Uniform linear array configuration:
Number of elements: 24
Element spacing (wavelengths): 0.25
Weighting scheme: cosine
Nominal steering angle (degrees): -15
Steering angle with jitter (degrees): -16.893
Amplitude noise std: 0.05
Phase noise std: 0.05

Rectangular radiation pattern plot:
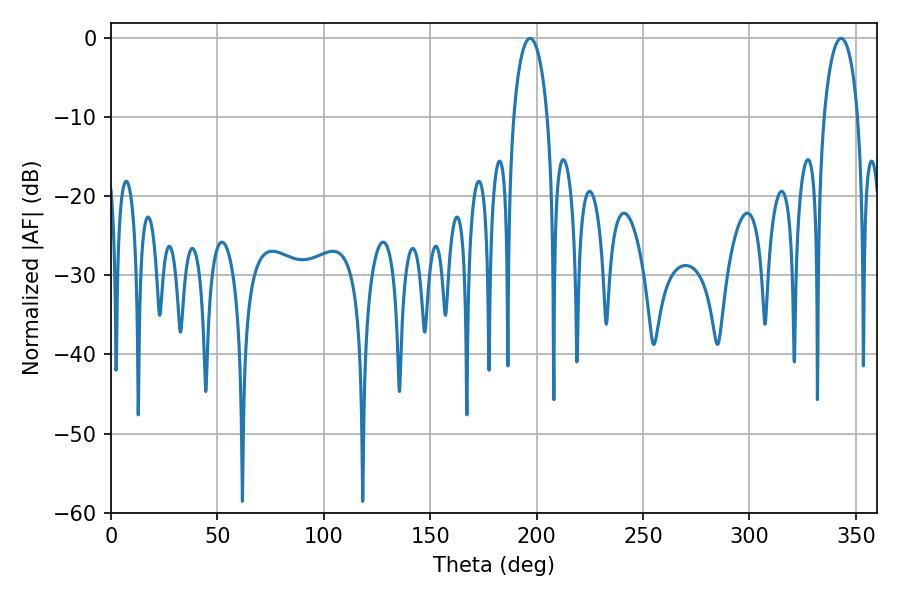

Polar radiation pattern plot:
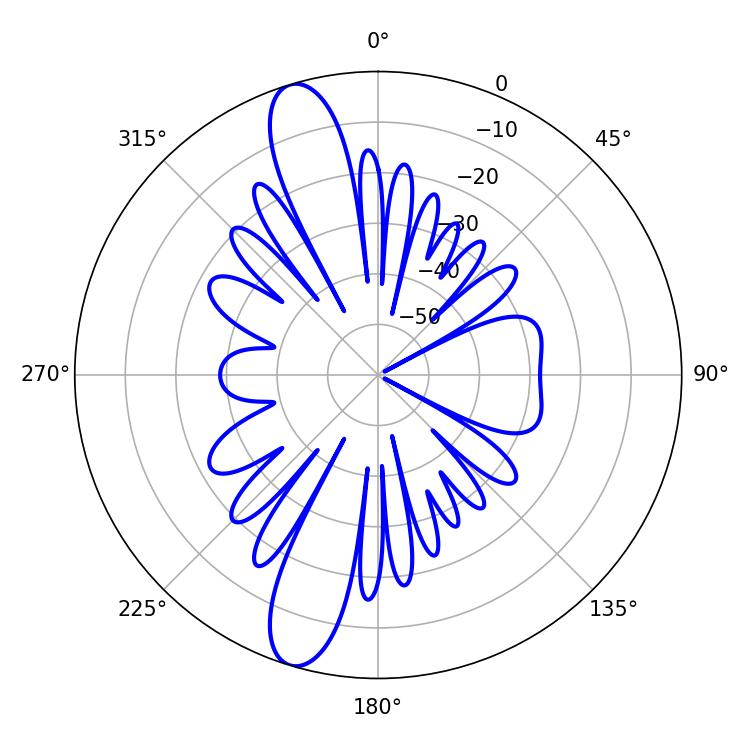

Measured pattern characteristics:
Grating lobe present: FALSE
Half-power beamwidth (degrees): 9.18
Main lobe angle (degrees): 196.92